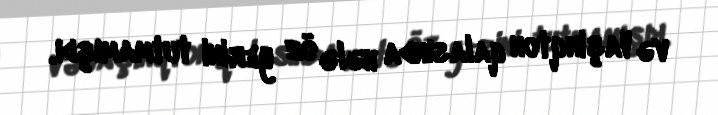
və Vaşinqton qalasında hələ öz yerini tutmamışdı.